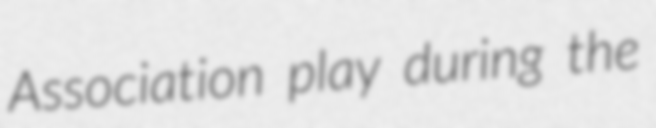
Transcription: Association play during the